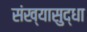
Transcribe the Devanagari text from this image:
संख्यासुद्धा